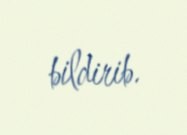
bildirib.